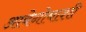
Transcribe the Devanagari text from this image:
आबेनोबाशी